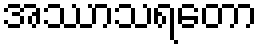
အဿာသရတော